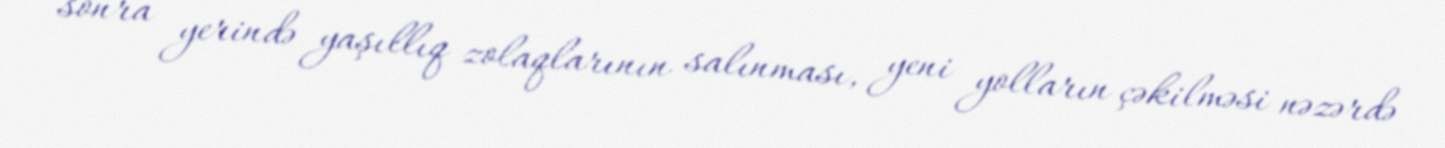
sonra yerində yaşıllıq zolaqlarının salınması, yeni yolların çəkilməsi nəzərdə